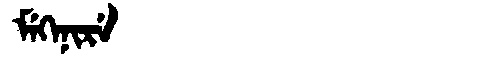
Manchu: ᠮᡝᡴᡝᠨᡳᡵᡝ
Romanization: MEKENIRE